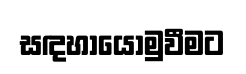
සඳහායොමුවීමට